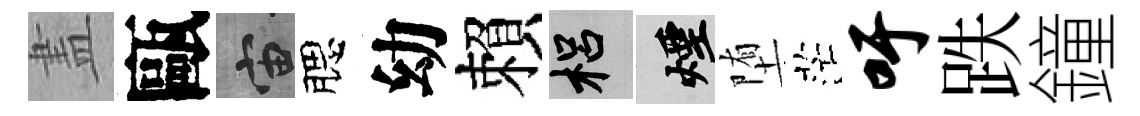
𥁞甌宙腮幼賴梠煙堕茫吁跌鐘